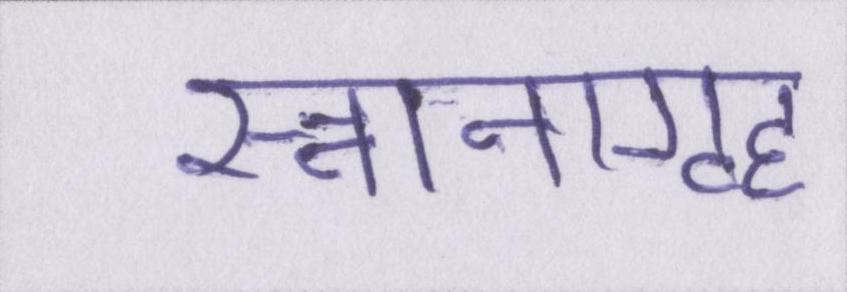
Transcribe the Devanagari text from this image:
स्नानगृह